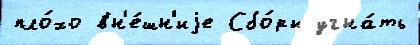
пло́хо вн'е́шн'иjе Сбо́ры угна́ть